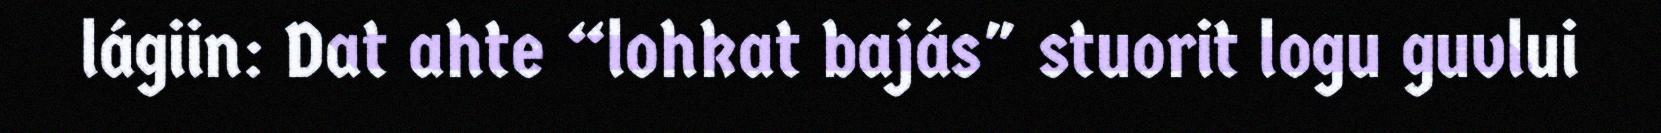
lágiin: Dat ahte “lohkat bajás" stuorit logu guvlui